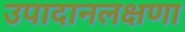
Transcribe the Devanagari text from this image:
उपादानलक्षणा